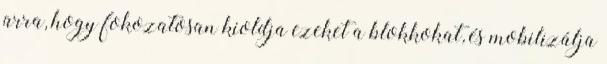
arra, hogy fokozatosan kioldja ezeket a blokkokat, és mobilizálja